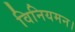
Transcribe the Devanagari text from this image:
विनियमन।